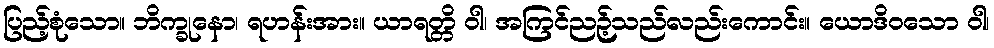
ပြည့်စုံသော။ ဘိက္ခုနော၊ ရဟန်းအား။ ယာရတ္တိ ဝါ၊ အကြင်ညဉ့်သည်လည်းကောင်း။ ယောဒိဝသော ဝါ၊